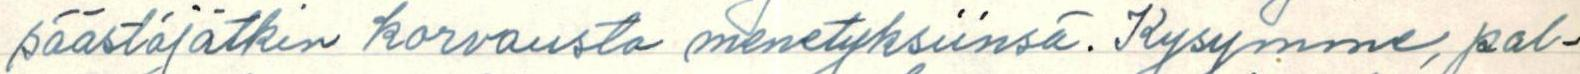
säästäjätkin korvausta menetyksiinsä. Kysymme, pal-